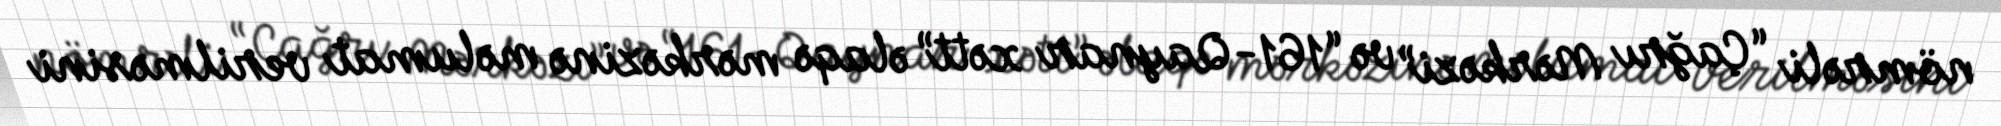
nömrəli “Çağrı Mərkəzi” və “161-Qaynar xətt” əlaqə mərkəzinə məlumat verilməsini